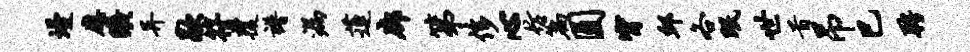
墁应旷异歇符覆谱漏莲廊第侈心彷篇圆甯邱各眠世首吊巳聘